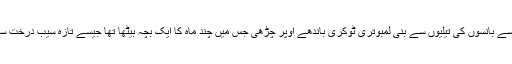
نشیب میں اُترتے زِینوں سے ایک کیلاشی لڑکی کمر سے بانسوں کی تیلیوں سے بنی لمبوتری ٹوکری باندھے اُوپر چڑھی جس میں چند ماہ کا ایک بچہ بیٹھا تھا جیسے تازہ سیب درخت سے توڑ کر نقش و نگار بنا ٹوکری میں سجا دیا گیا ہو۔